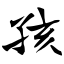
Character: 孩